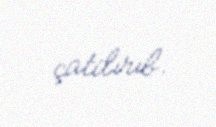
çatdırıb.